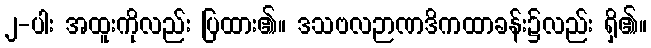
၂-ပါး အထူးကိုလည်း ပြထား၏။ ဒသဗလဉာဏဒိကထာခန်း၌လည်း ရှိ၏။